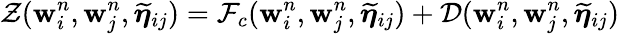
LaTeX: \mathcal{Z}(\mathbf{w}_{i}^{n},\mathbf{w}_{j}^{n},\widetilde{\boldsymbol{\eta}}_{ij})=\mathcal{F}_{c}(\mathbf{w}_{i}^{n},\mathbf{w}_{j}^{n},\widetilde{\boldsymbol{\eta}}_{ij})+\mathcal{D}(\mathbf{w}_{i}^{n},\mathbf{w}_{j}^{n},\widetilde{\boldsymbol{\eta}}_{ij})